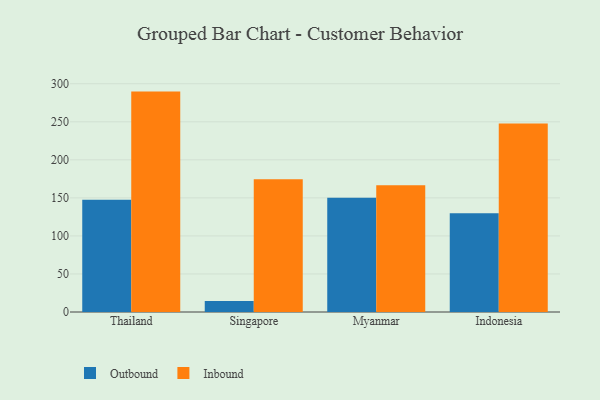
{"axis": {"x": "Country", "y": "Churn Rate (%)"}, "legend": ["Inbound", "Outbound"], "data": [{"x": "Thailand", "y": 147.7, "type": "Outbound"}, {"x": "Thailand", "y": 289.7, "type": "Inbound"}, {"x": "Singapore", "y": 14.4, "type": "Outbound"}, {"x": "Singapore", "y": 174.5, "type": "Inbound"}, {"x": "Myanmar", "y": 150.1, "type": "Outbound"}, {"x": "Myanmar", "y": 166.6, "type": "Inbound"}, {"x": "Indonesia", "y": 129.8, "type": "Outbound"}, {"x": "Indonesia", "y": 247.7, "type": "Inbound"}]}